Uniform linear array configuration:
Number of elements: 12
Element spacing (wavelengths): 0.75
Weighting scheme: blackman
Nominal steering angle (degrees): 15
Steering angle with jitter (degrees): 14.734
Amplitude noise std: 0.05
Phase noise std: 0.05

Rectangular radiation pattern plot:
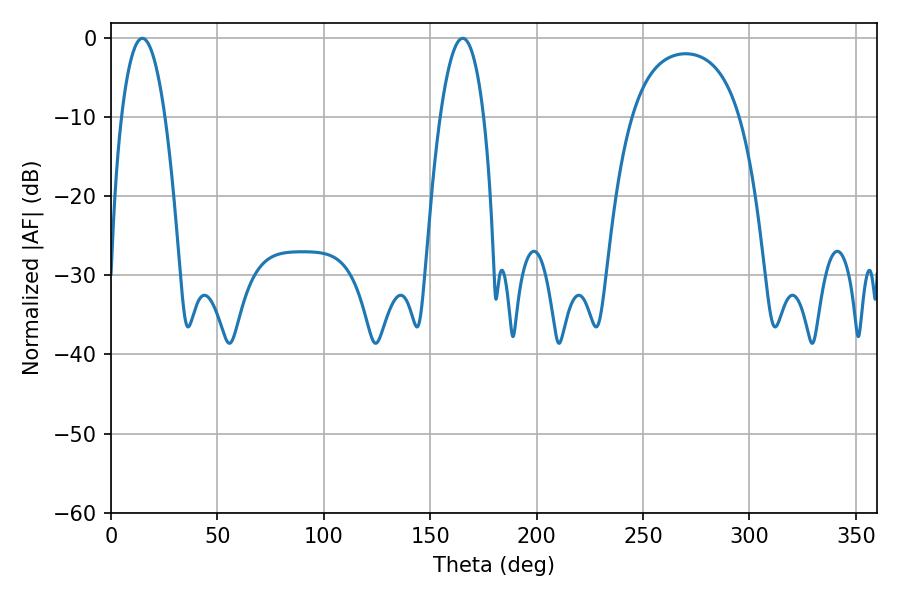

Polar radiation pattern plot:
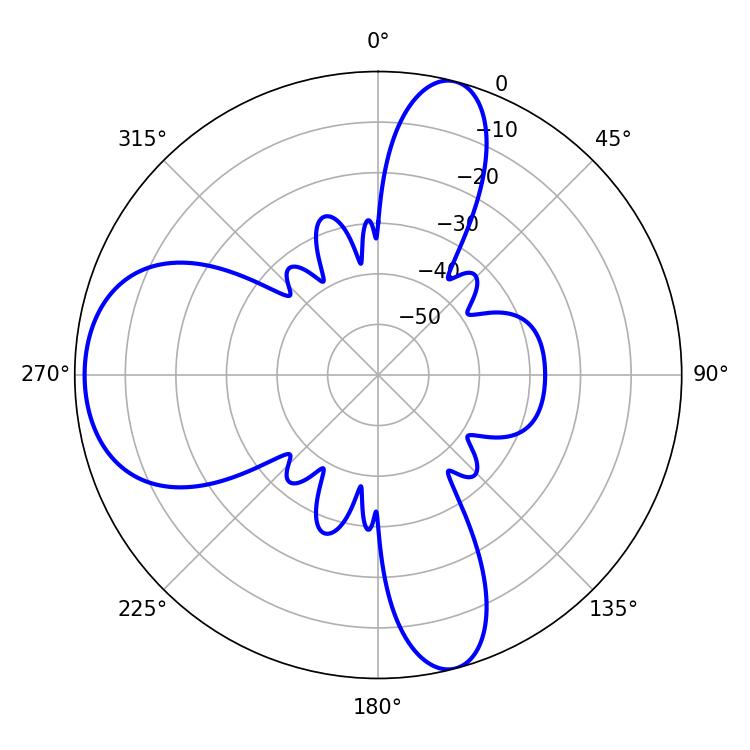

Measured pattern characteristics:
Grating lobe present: TRUE
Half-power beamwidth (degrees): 11.34
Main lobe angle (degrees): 14.76